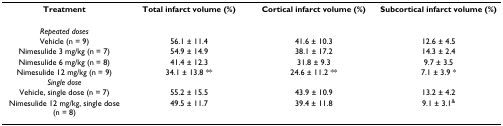
| Treatment | Total infarct volume (%) | Cortical infarct volume (%) | Subcortical infarct volume (%) |
 | --- | --- | --- | --- |
 | Repeated doses |  |  |  |
 | Vehicle (n = 9) | 56.1 ± 11.4 | 41.6 ± 10.3 | 12.6 ± 4.5 |
 | Nimesulide 3 mg/kg (n = 7) | 54.9 ± 14.9 | 38.1 ± 17.2 | 14.3 ± 2.4 |
 | Nimesulide 6 mg/kg (n = 8) | 41.4 ± 12.3 | 31.8 ± 9.3 | 9.7 ± 3.5 |
 | Nimesulide 12 mg/kg (n = 9) | 34.1 ± 13.8 ** | 24.6 ± 11.2 ** | 7.1 ± 3.9 * |
 | Single dose |  |  |  |
 | Vehicle, single dose (n = 7) | 55.2 ± 15.5 | 43.9 ± 10.9 | 13.2 ± 4.2 |
 | Nimesulide 12 mg/kg, single dose (n = 8) | 49.5 ± 11.7 | 39.4 ± 11.8 | 9.1 ± 3.1& |